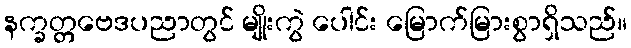
နက္ခတ္တဗေဒပညာတွင် မျိုးကွဲ ပေါင်း မြောက်မြားစွာရှိသည်။